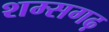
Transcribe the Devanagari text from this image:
शम्सगढ़